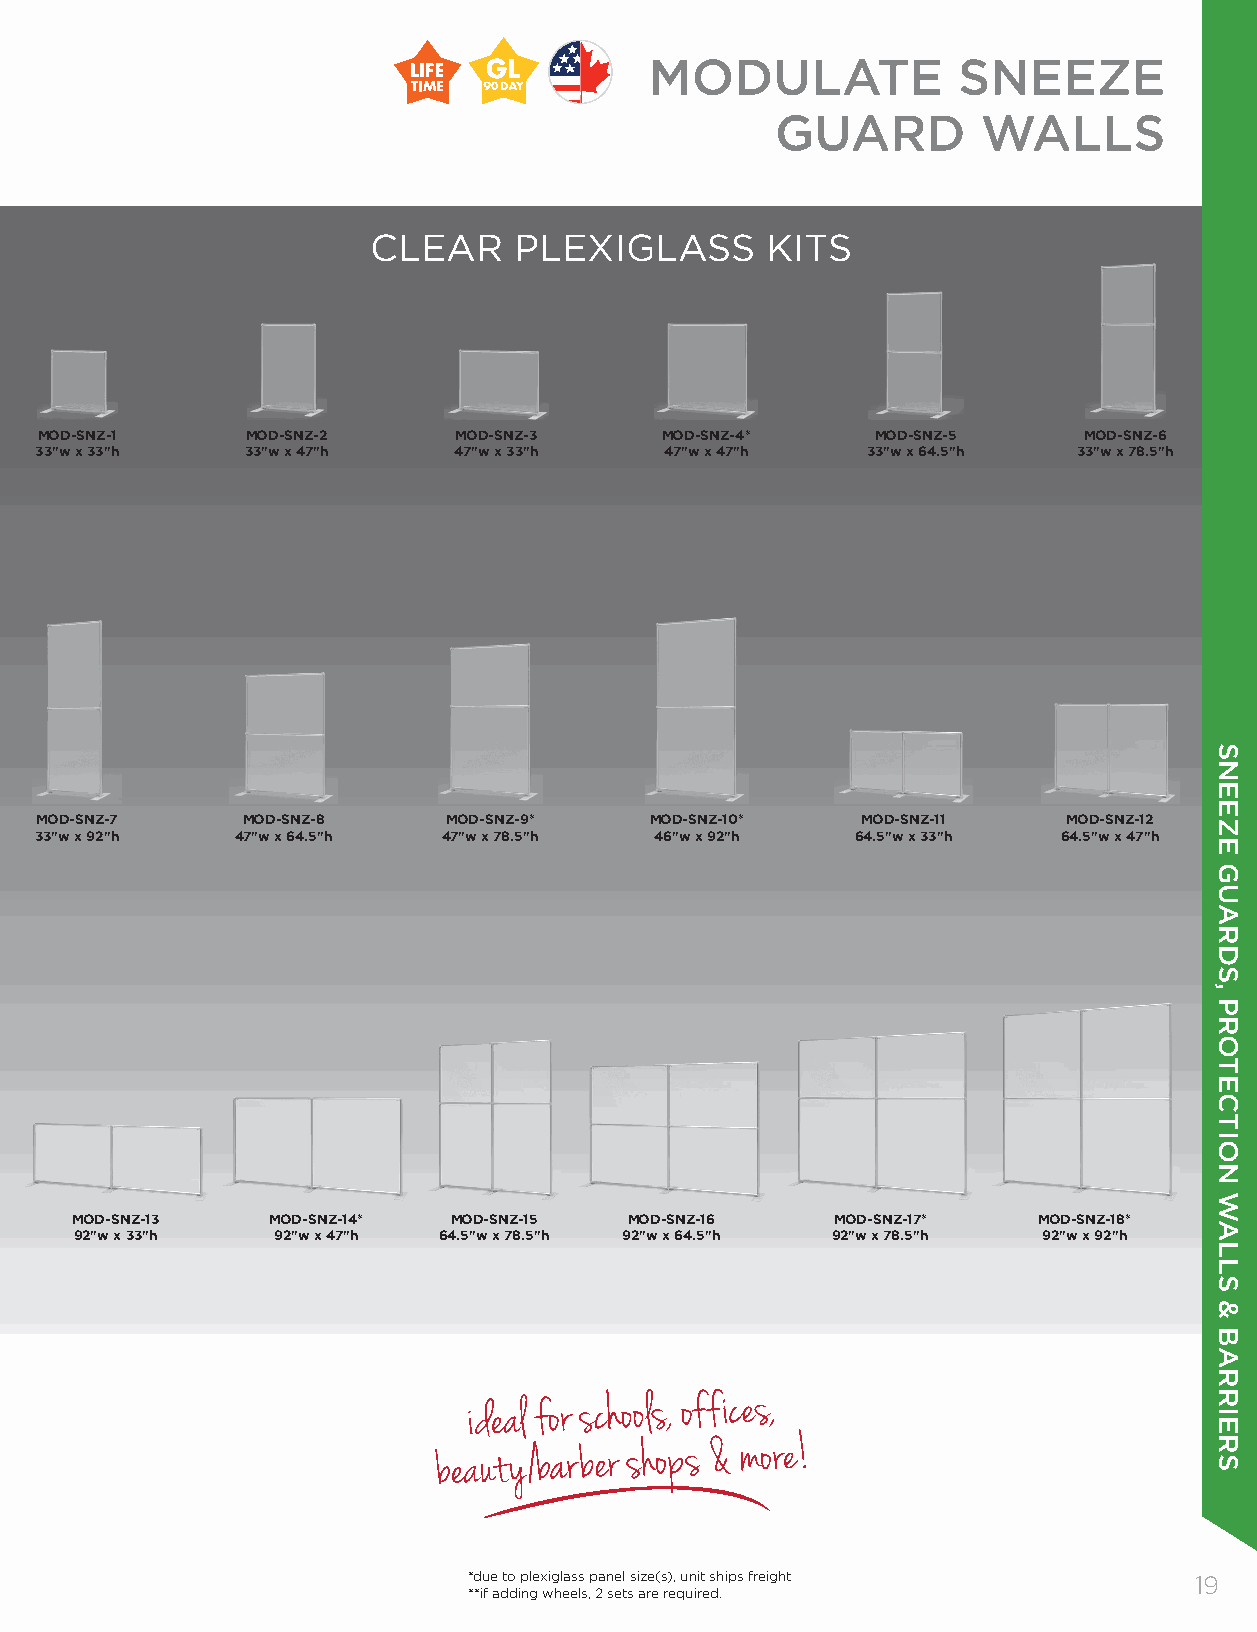
MODULATE            SNEEZE
 easy to wipe clean
 GUARD         WALLS
 and disinfect!
 CLEAR     PLEXIGLASS       KITS
 MOD-SNZ-1     MOD-SNZ-2     MOD-SNZ-3     MOD-SNZ-4*    MOD-SNZ-5     MOD-SNZ-6
 33"w x 33"h   33"w x 47"h   47"w x 33"h   47"w x 47"h  33"w x 64.5"h 33"w x 78.5"h
 MOD-SNZ-7     MOD-SNZ-8     MOD-SNZ-9*   MOD-SNZ-10*   MOD-SNZ-11    MOD-SNZ-12
 33"w x 92"h   47"w x 64.5"h 47"w x 78.5"h 46"w x 92"h  64.5"w x 33"h 64.5"w x 47"h
 MOD-SNZ-13   MOD-SNZ-14* MOD-SNZ-15  MOD-SNZ-16   MOD-SNZ-17*   MOD-SNZ-18*
 92"w x 33"h  92"w x 47"h 64.5"w x 78.5"h 92"w x 64.5"h 92"w x 78.5"h 92"w x 92"h
 ideal for schools, offices,
 beauty/barber shops & more!
 *due to plexiglass panel size(s), unit ships freight 1199
 **if adding wheels, 2 sets are required.
 SNEEZE
 GUARDS,
 PROTECTION
 WALLS
 &
 BARRIERS